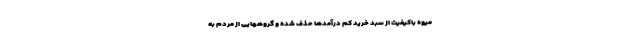
میوه باکیفیت از سبد خرید کم درآمدها حذف شده و گروههایی از مردم به